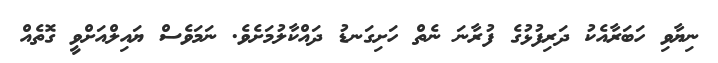
ނިޔާވި ހަބަރާއެކު ދަރިފުޅުގެ ފުރާނަ ނެތް ހަށިގަނޑު ދައްކާލުމަށެވެ. ނަމަވެސް ޔައިލްއަށްވީ ގޮތެއް